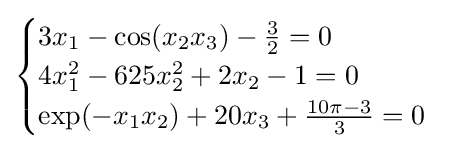
{\begin{cases}3x_{1}-\cos(x_{2}x_{3})-{\tfrac {3}{2}}=0\\4x_{1}^{2}-625x_{2}^{2}+2x_{2}-1=0\\\exp(-x_{1}x_{2})+20x_{3}+{\tfrac {10\pi -3}{3}}=0\end{cases}}